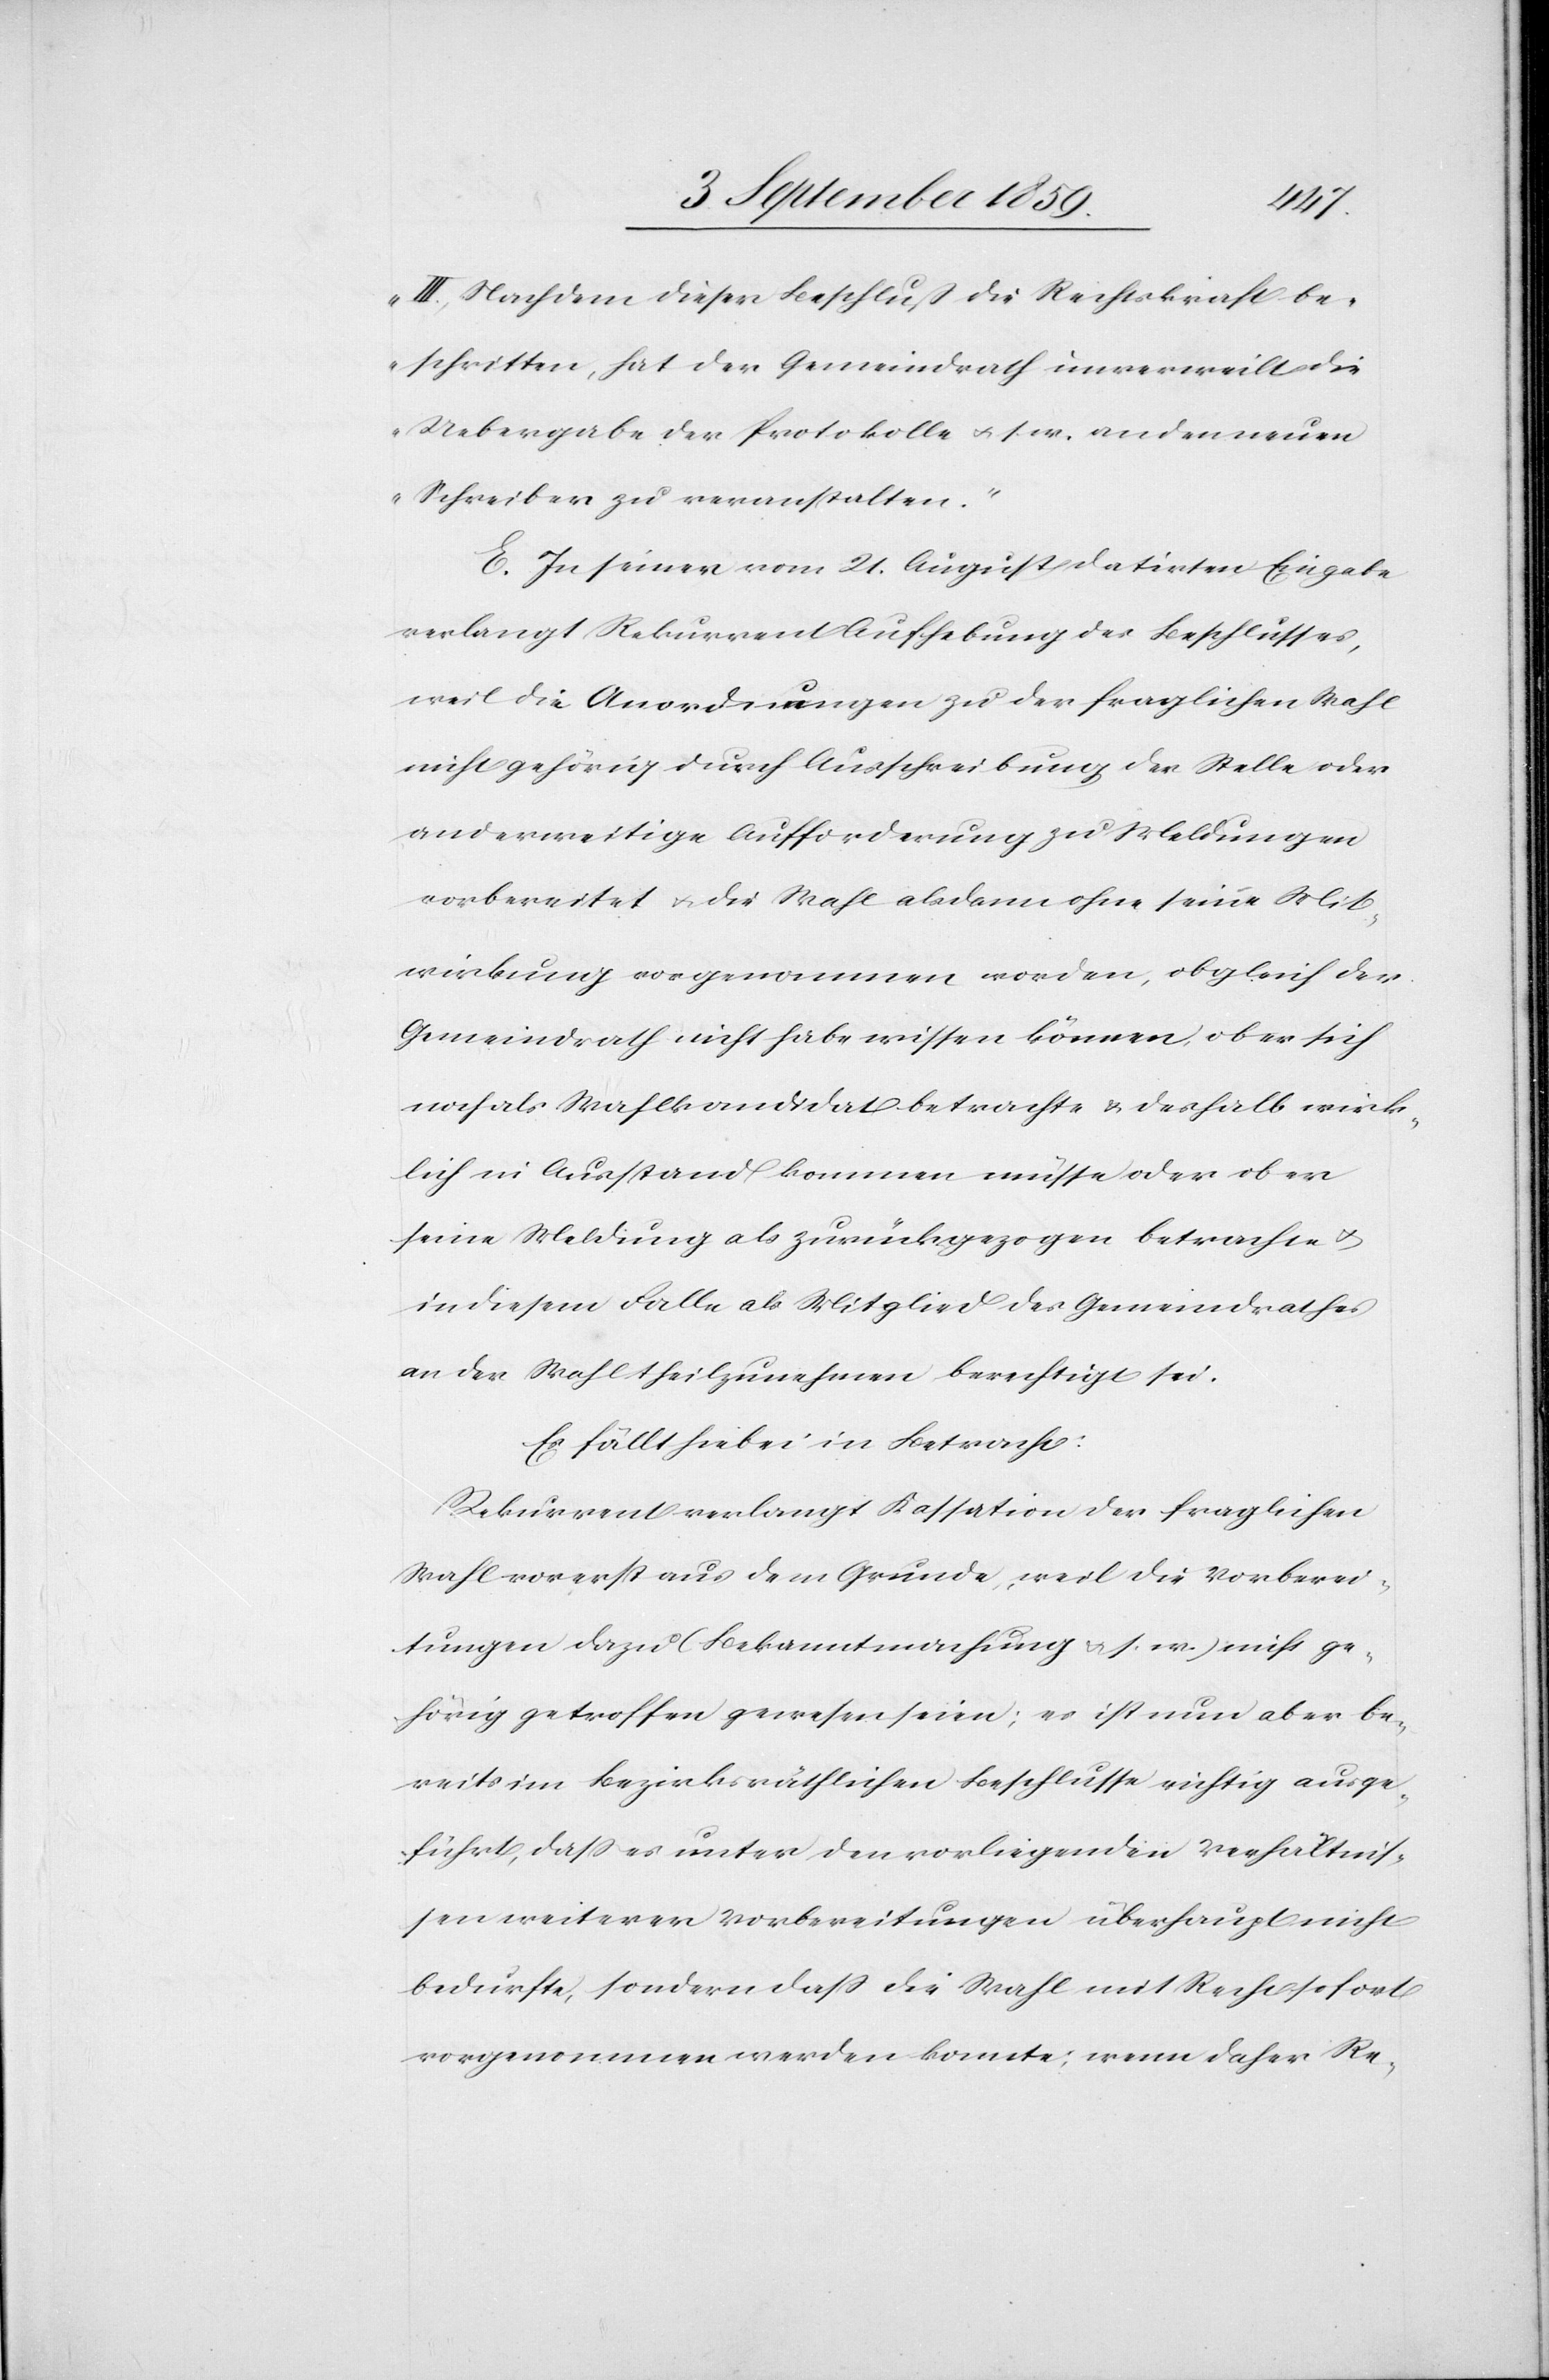
III. Nachdem dieser Beschluß die Rechtskraft be¬
schritten, hat der Gemeindrath unverweilt die
Uebergabe der Protokolle &. s. w. an den neuen
Schreiber zu veranstalten.“
E. In seiner vom 21. August datirten Eingabe
verlangt Rekurrent Aufhebung des Beschlusses,
weil die Anordnungen zu der fraglichen Wahl
nicht gehörig durch Ausschreibung der Stelle oder
anderweitige Aufforderung zu Meldungen
vorbereitet & die Wahl alsdann ohne seine Mit¬
wirkung vorgenommen worden, obgleich der
Gemeindrath nicht habe wissen können, ob er sich
noch als Wahlkandidat betrachte & deshalb wirk¬
lich in Ausstand kommen müsse oder ob er
seine Meldung als zurückgezogen betrachte &
in diesem Falle als Mitglied des Gemeindrathes
an der Wahl theilzunehmen berechtigt sei.
Es fällt hiebei in Betracht:
Rekurrent verlangt Kassation der fraglichen
Wahl vorerst aus dem Grunde, weil die Vorberei¬
tungen dazu (Bekanntmachung &. s. w.) nicht ge¬
hörig getroffen gewesen seien; es ist nun aber be¬
reits im bezirksräthlichen Beschlusse richtig ausge¬
führt, daß es unter den vorliegenden Verhältniß¬
en weiterer Vorbereitungen überhaupt nicht
bedurfte, sondern daß die Wahl mit Recht sofort
vorgenommen werden konnte; wenn daher Re-